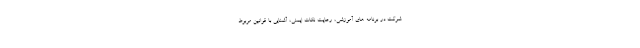
شرکت در برنامه های آموزشی، رعایت نکات ایمنی، آشنایی با قوانین مربوط